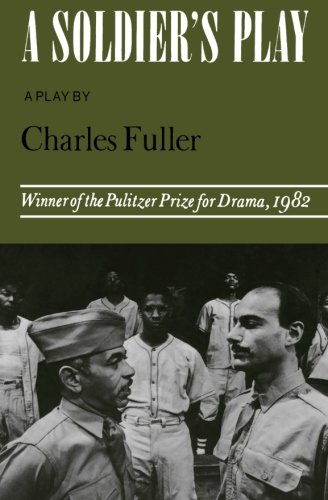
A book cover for A Soldier's Play (Dramabook); Charles Fuller; Literature & Fiction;